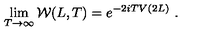
\lim _ { T \to \infty } { \cal W } ( L , T ) = e ^ { - 2 i T V ( 2 L ) } \ .